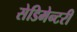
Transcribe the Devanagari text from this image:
सेडिमेन्टरी